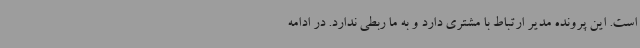
است. این پرونده مدیر ارتباط با مشتری دارد و به ما ربطی ندارد. در ادامه